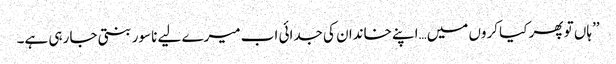
’’ہاں تو پھر کیا کروں میں…اپنے خاندان کی جدائی اب میرے لیے ناسور بنتی جا رہی ہے۔